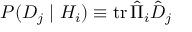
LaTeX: P ( D _ { j } \mid H _ { i } ) \equiv \operatorname { t r } { \hat { \Pi } } _ { i } { \hat { D } } _ { j }